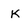
Character: K